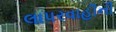
લાપરવાહીની